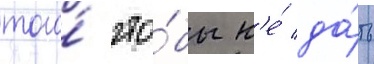
того́ что́бы н'е́ да́ть